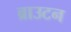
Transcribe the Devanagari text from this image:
ब्राउटन